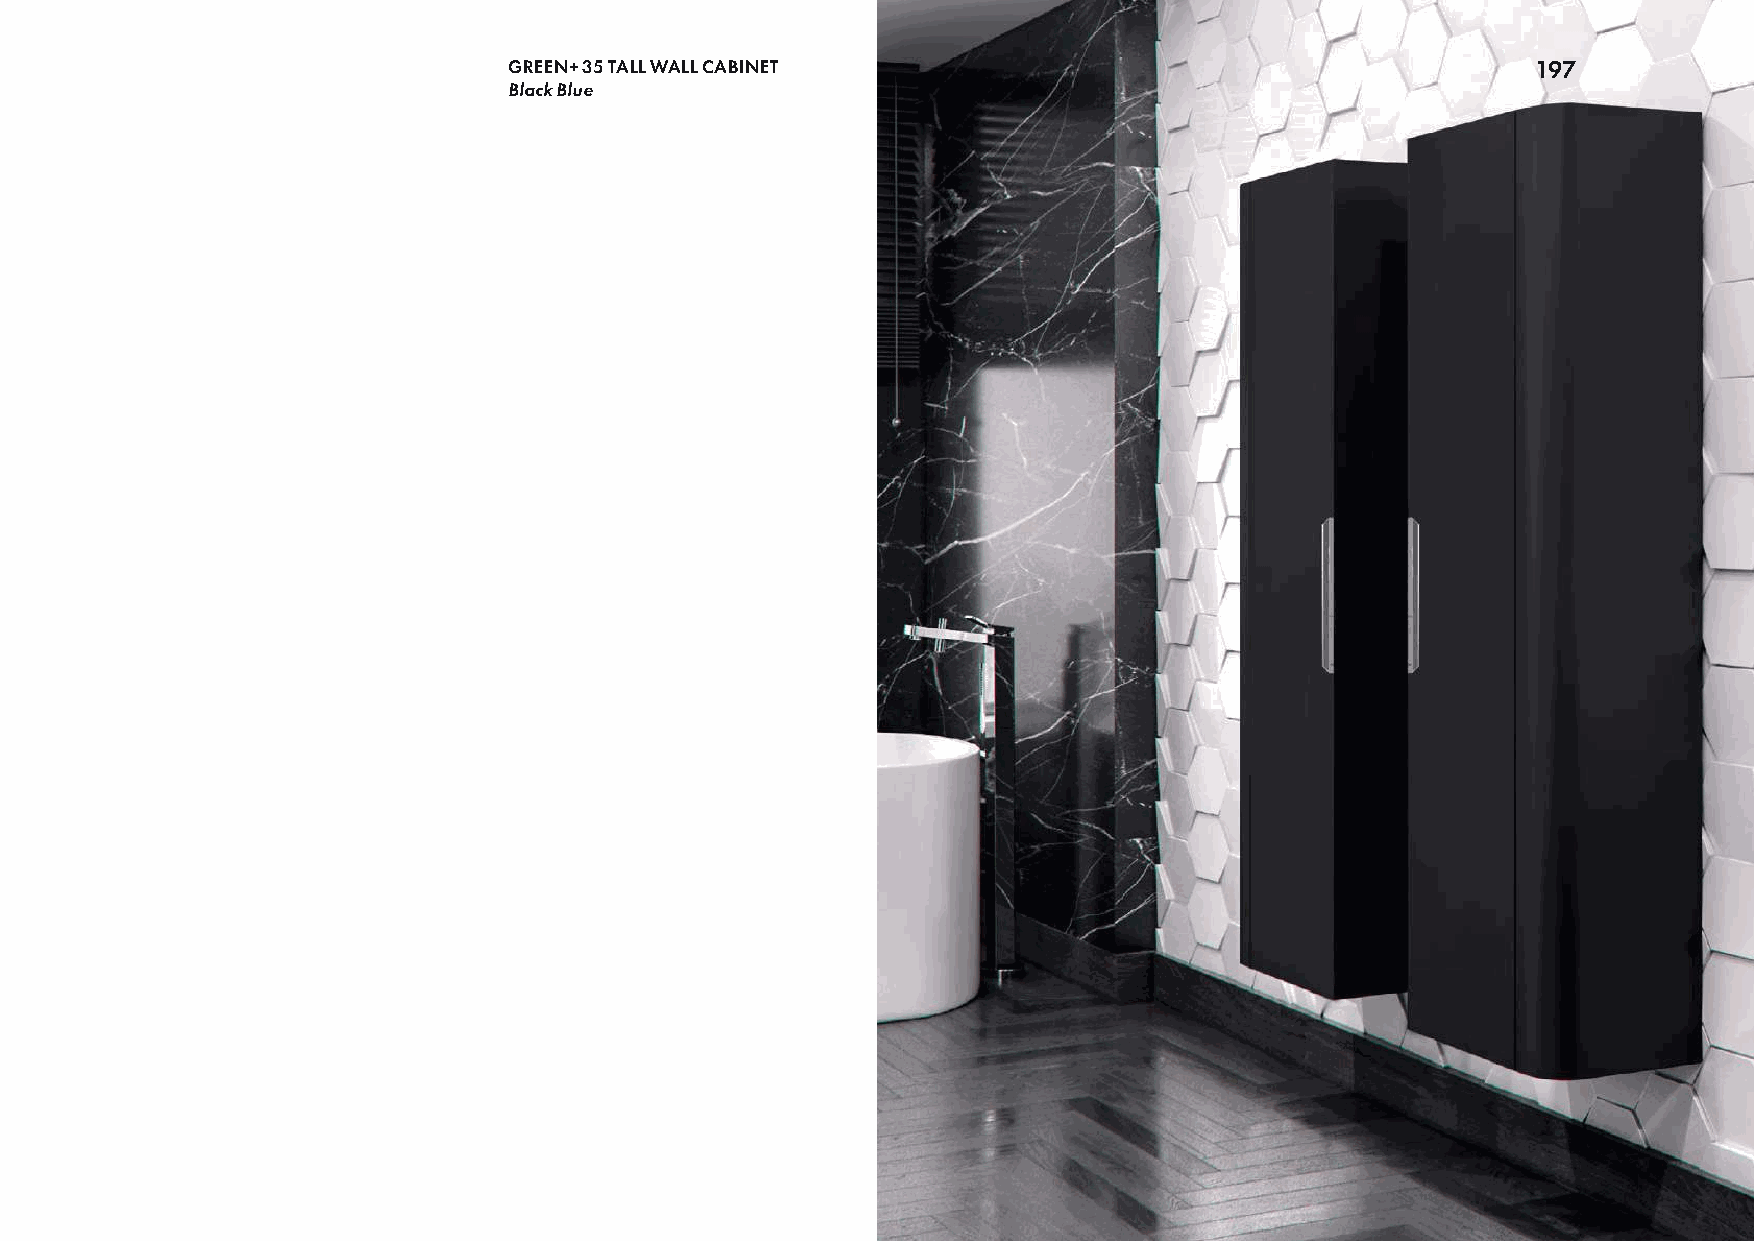
GREEN+ 35 TALL WALL CABINET                                         197
 Black Blue